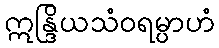
ဣန္ဒြိယသံဝရမ္ပာဟံ